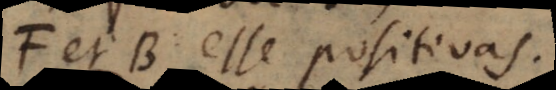
F et B esse positivas.